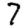
Digit: 7